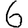
Digit: 6